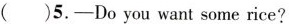
( ) 5. ——Do you want some rice?